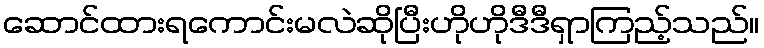
ဆောင်ထားရကောင်းမလဲဆိုပြီးဟိုဟိုဒီဒီရှာကြည့်သည်။